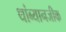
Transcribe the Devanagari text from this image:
थांब्यानजीक